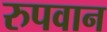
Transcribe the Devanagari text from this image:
रुपवान